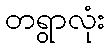
တရွာလုံး